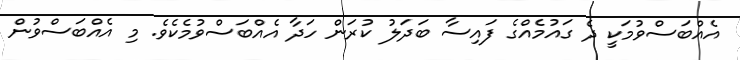
އެއްބަސްވުމަކީ ދެ ގައުމެއްގެ ފައިސާ ބަދަލު ކުރަން ހަދާ އެއްބަސްވުމެކެވެ. މި އެއްބަސްވުން